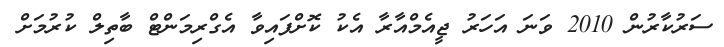
ސަރުކާރުން 2010 ވަނަ އަހަރު ޖީއެމްއާރާ އެކު ކޮށްފައިވާ އެގްރިމަންޓް ބާތިލް ކުރުމަށް